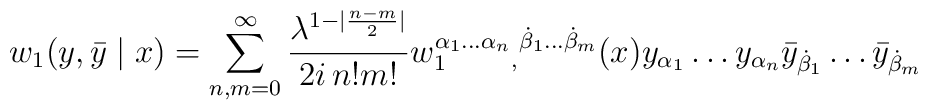
w_1 ({y},{\bar{y}}\mid x)=\sum_{n,m=0}^{\infty}\frac{\lambda^{1-|\frac{n-m}{2}|}}{2i\,n!m!}w_1^{\alpha_1\ldots\alpha_n}{}_,{}^{\dot{\beta}_1\ldots\dot{\beta}_m}(x){y}_{\alpha_1}\ldots {y}_{\alpha_n}{\bar{y}}_{\dot{\beta}_1}\ldots{\bar{y}}_{\dot{\beta}_m}\,